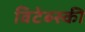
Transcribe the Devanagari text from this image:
विटेब्स्की